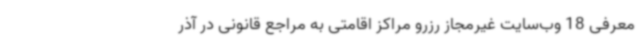
معرفی 18 وب‌سایت غیرمجاز رزرو مراکز اقامتی به مراجع قانونی در آذر